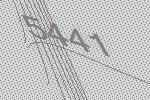
5441